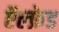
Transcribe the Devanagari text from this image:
ऍल्फ्रेड